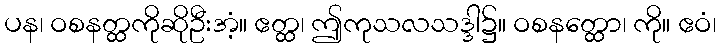
ပန၊ ဝစနတ္ထကိုဆိုဦးအံ့။ ဧတ္ထ၊ ဤကုသလသဒ္ဒါ၌။ ဝစနတ္ထော၊ ကို။ ဧဝံ၊